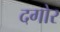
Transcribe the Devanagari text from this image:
दगोर